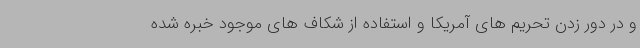
و در دور زدن تحریم های آمریکا و استفاده از شکاف های موجود خبره شده